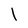
Character: l